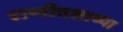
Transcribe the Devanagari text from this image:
राणीवशाच्या